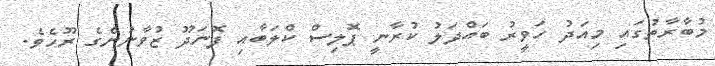
މުބާރާތުގައި މިއަދު ހަވީރު ބައްދަލު ކުރާނީ ޕޮލިސް ކްލަބާއި ފޮނަދޫ ޒުވާނުންގެ ރޫހެވެ.